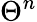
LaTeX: \Theta^{n}